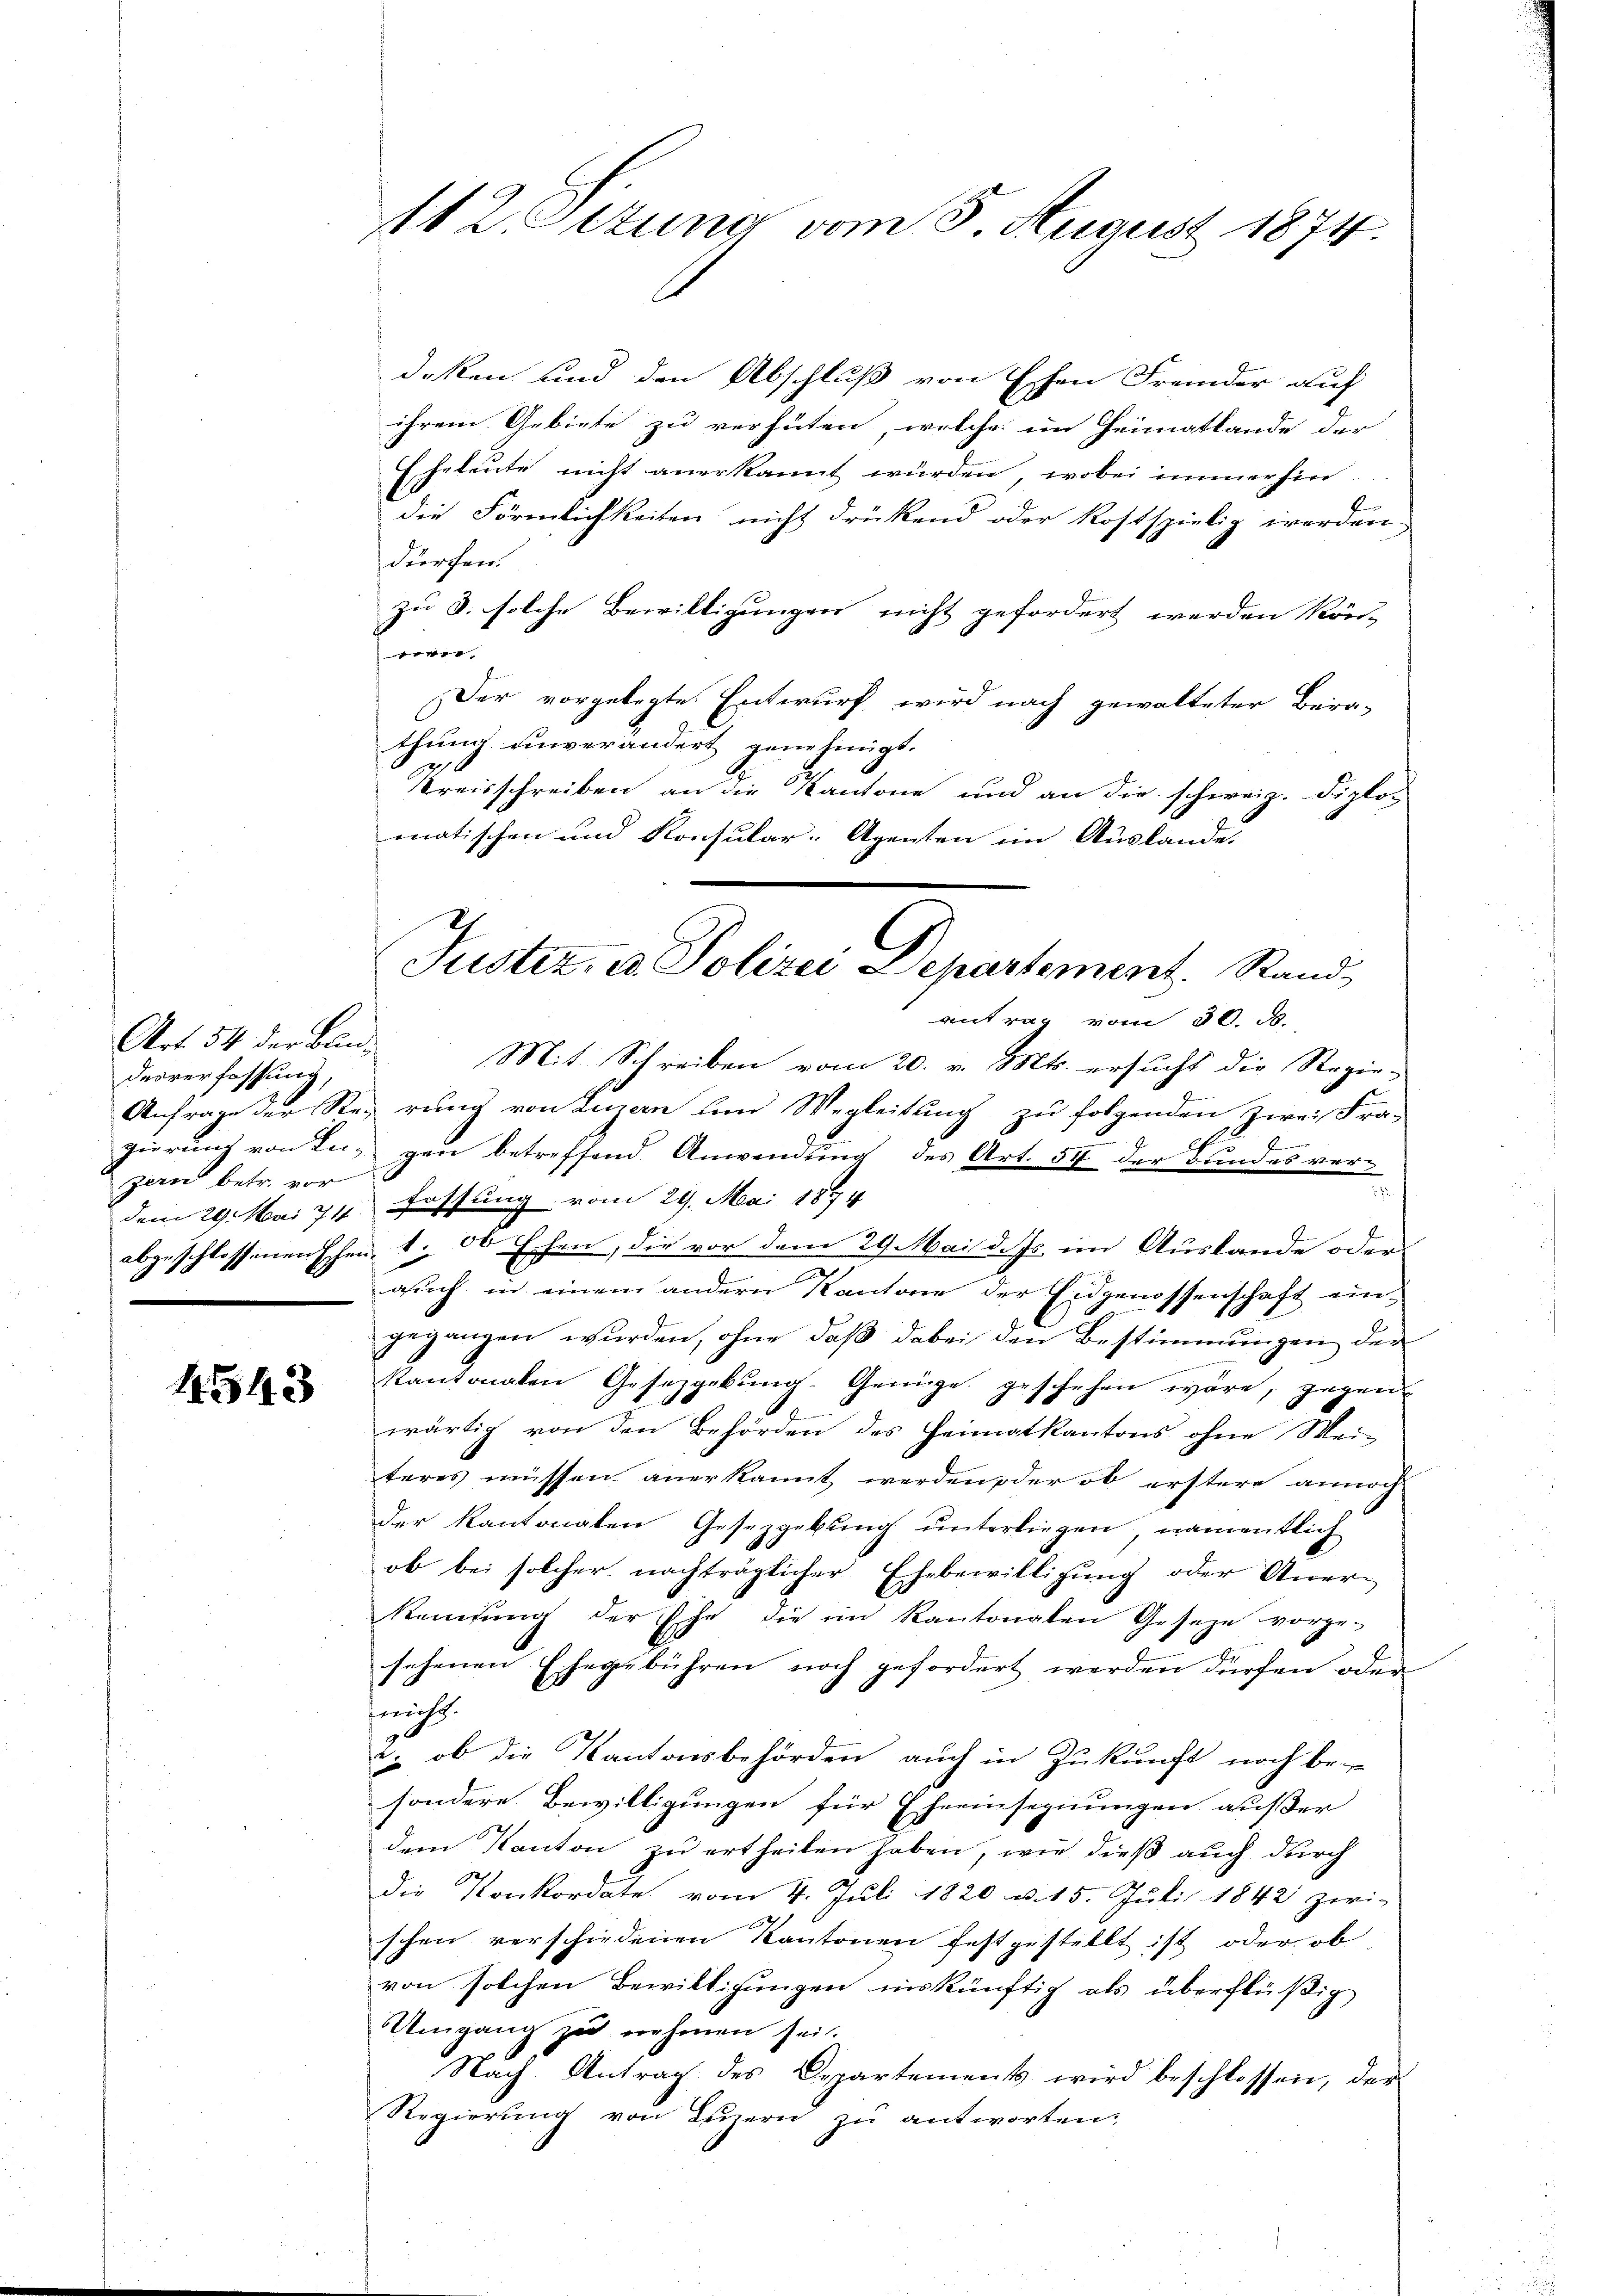
Art. 34. der Blindesverfassung,
Anfrage der Regierung von In-
zern betr. vor
dem 29. Mai 74
abgeschlossenen schen-

1543

112 Otzung vom 5. August 1874.

deken und den Abschluß von Eschen Fremder auf
ihrem Gebiete zu verhüten, welche im Heimatlande der
Eheleute nicht anerkannt würden, wobei immerhin
die Förmlichkeiten nicht drükend oder kostspielig werden
dürchen.
zu 3. solche Bewilligungen nicht gefordert werden kön-

Der vorgelegte Entwurf wird nach gewalteter Bera-
thung. Einverändert genehmigt.
Kreisschreiben an die Kantone und an die schweiz. Diplo-
matischen und Konsular-Agenten im Auslande.
antrag vom 30. d.
Mit Schreiben vom 20. v. Mts. ersucht die Regie-
rung von Luzern und Wegleitung zu folgenden Zwei Fra-
G.
f
gen betreffend Anwendung des Art. 54 der Bundes ver-
.
fassung vom 29. Mai 1874
1. ob Ehen, die vor dem 29. Mai d. Js. im Austande oder
grich in einem andern Kantone der Eidgenossenschaft eingegangen wurden, ohne daß dabei den Bestimmungen der
kantonalen Gesetzgebung. Genüge geschehen wäre, gegen
wärtig von den Behörden des Heimatkantons ohne Mei-
teres müssen anerkannt werden oder ob erstere annoch
der Kantonalen Gesetzgebung unterliegen, namentlich
ob bei solcher nachträglicher Ehebewilligung oder Anersangŭng der Ehe die im Kantonalen Geseze vorge-
sehenen Ehegebühren noch gefordert werden dürfen oder
nicht.
: ob die Kantonsbehörden auch in Zukunft noch be-
sondere Bewilligungen für Eheeinsegnungen außer
dem Kanton zu ertheilen haben, wie dieß auch durch
die Konkordate vom 4. Juli 1820 u. 15. Juli 1842 zwi-
h
schen verschiedenen Kantonen festgestellt ist, oder ob
von solchen Bewilligungen inskünftig als überflüßig
Umgang zu nehmen sei.
Nach Antrag des Departement wird beschlossen, der
Regierung von Feuern zu antworten.

G
Justiz- u. Polizei Departement. Sand¬